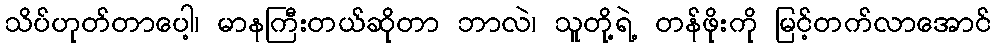
သိပ်ဟုတ်တာပေါ့၊ မာနကြီးတယ်ဆိုတာ ဘာလဲ၊ သူတို့ရဲ့ တန်ဖိုးကို မြင့်တက်လာအောင်